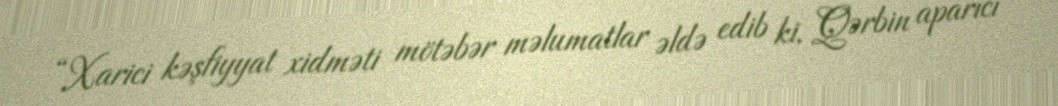
“Xarici kəşfiyyat xidməti mötəbər məlumatlar əldə edib ki, Qərbin aparıcı